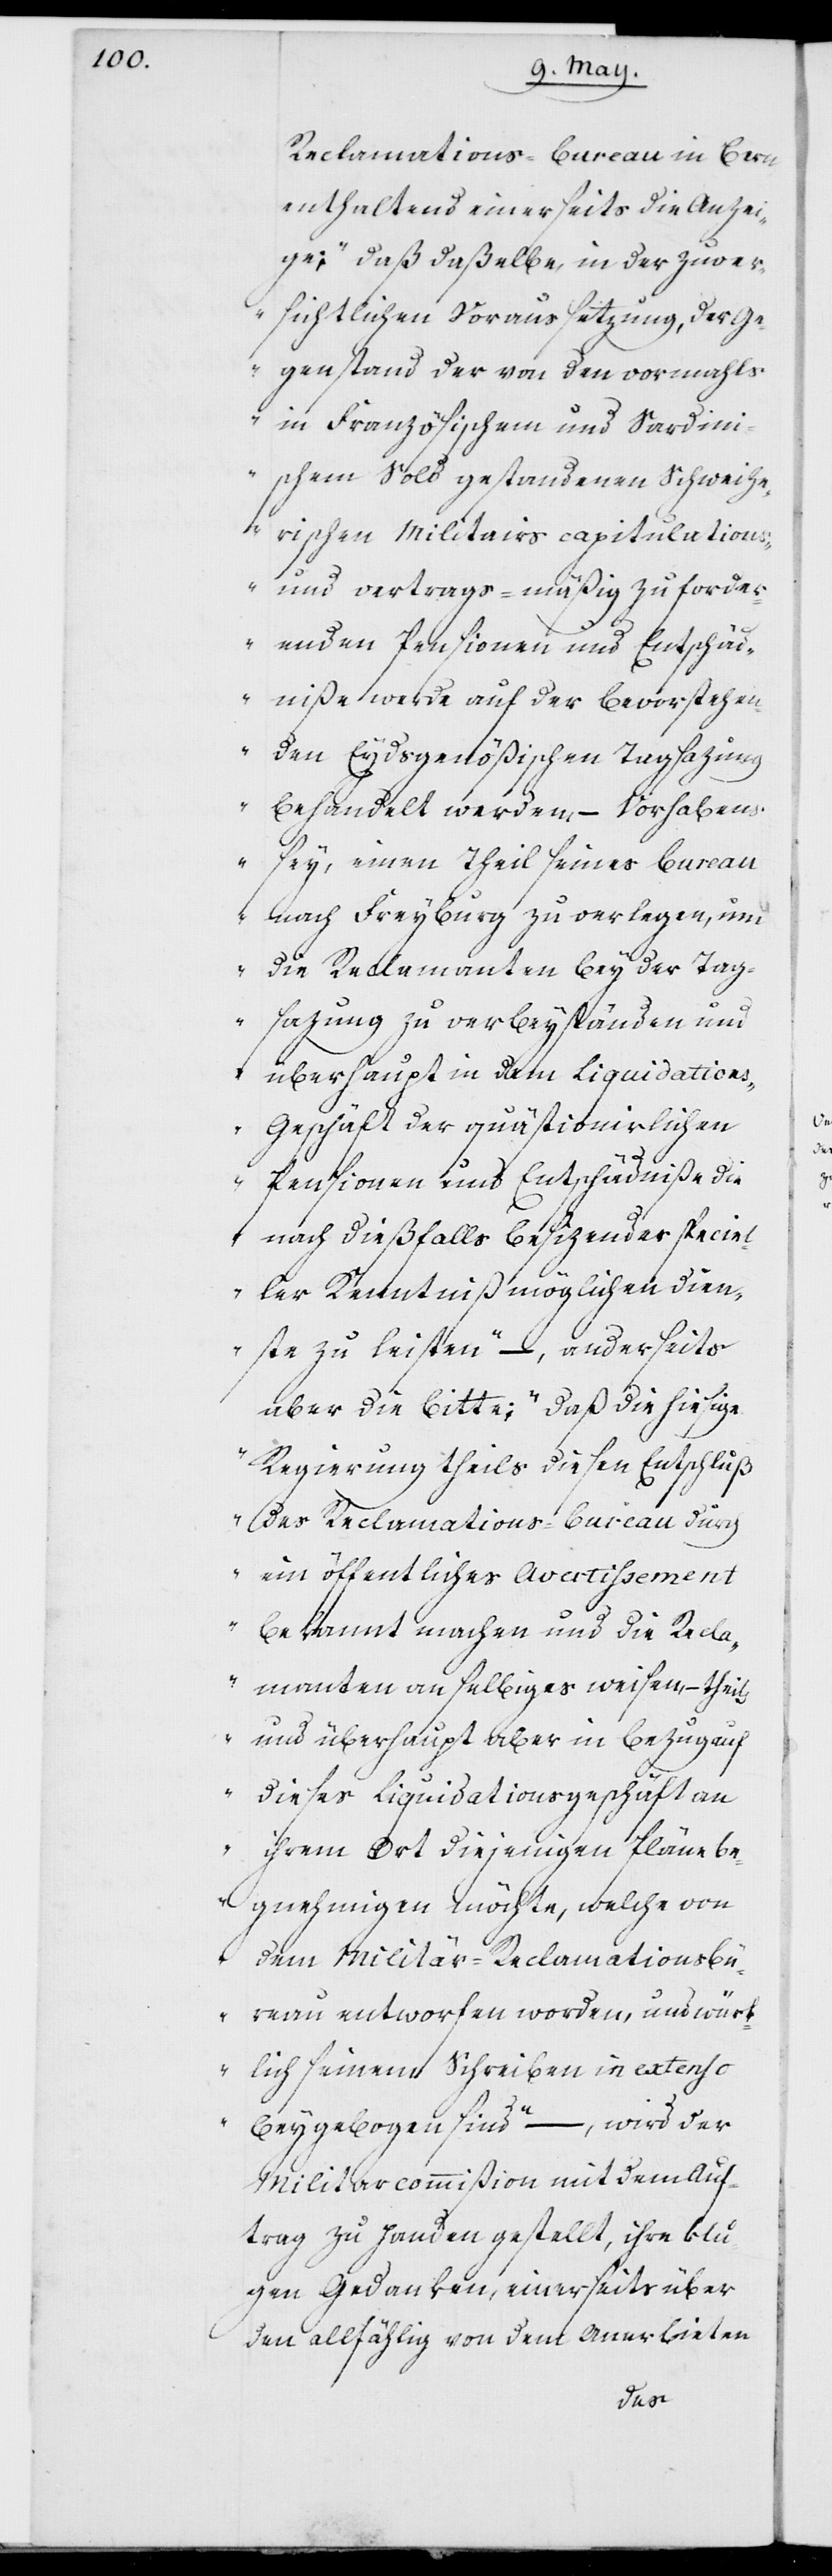
Reclamations-Bureau in Bern,
enthaltend einerseits die Anzei¬
ge: „daß daßelbe in der zuver¬
sichtlichen Voraussetzung, der Ge¬
genstand der von den vormahls
in Französischem und Sardin¬
ischem Sold gestandenen Schweize¬
rischen Militairs capitulation¬
s- und vertrags-mäßig zu forder¬
nden Pensionen und Entschäd¬
niße werde auf der bevorstehen¬
den Eydsgenößischen Tagsazung
behandelt werden, – Vorhabens
sey, einen Theil seines Bureau
nach Freyburg zu verlegen, um
die Reclamanten bey der Tag¬
sazung zu verbeiständen und
überhaupt in dem Liquidation¬
s-Geschäft der quästionirlichen
Pensionen und Entschädniße die
nach dießfalls besizender speciel¬
ler Kenntniß möglichen Dien¬
ste zu leisten“ –, anderseits
aber die Bitte: „daß die hiesige
Regierung theils diesen Entschluß
des Reclamations-Bureau durch
ein öffentliches Avertissement
bekannt machen und die Recla¬
manten an selbiges weisen, – theil¬
s und überhaupt aber in Bezug auf
dieses Liquidationsgeschäft an
ihrem Ort diejenigen Pläne be¬
gnehmigen möchte, welche von
dem Militär-Reclamationsbü¬
reau entworfen worden, und würk¬
lich seinem Schreiben in extenso
beygebogen sind“ –, wird der
Militarcommißion mit dem Auf¬
trag zu Handen gestellt, ihre klu¬
gen Gedanken, einerseits über
den allfählig von dem Anerbieten